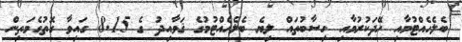
ބެލެހެއްޓުމާއި ހޭދަކުރުމާއި ހިސާބުތައް ލިޔެ ބެލެހެއްޓުމުގެ ޤަވާއިދު ގެ 8.15 ގައިވާ ގޮތުގެމަތިން